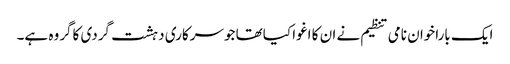
ایک باراخوان نامی تنظیم نے ان کا اغوا کیاتھا جوسرکاری دہشت گردی کاگروہ ہے۔